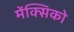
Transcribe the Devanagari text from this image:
मेंक्सिको